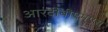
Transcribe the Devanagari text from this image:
आरदीबीएम्एस